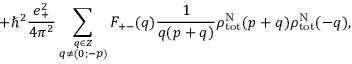
+ { \hbar } ^ { 2 } \frac { e _ { + } ^ { 2 } } { 4 { \pi } ^ { 2 } } \sum _ { \stackrel { q \in \cal Z } { q \neq ( 0 ; - p ) } } { \cal F } _ { + - } ( q ) \frac { 1 } { q ( p + q ) } { \rho } _ { \mathrm { t o t } } ^ { \mathrm { N } } ( p + q ) { \rho } _ { \mathrm { t o t } } ^ { \mathrm { N } } ( - q ) ,